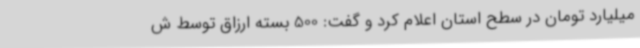
میلیارد تومان در سطح استان اعلام کرد و گفت: 500 بسته ارزاق توسط ش